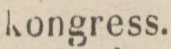
kongress.